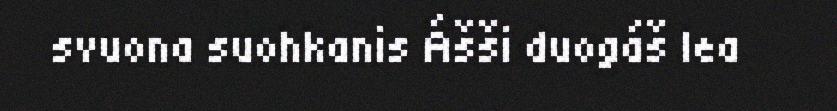
svuona suohkanis Ášši duogáš lea